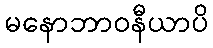
မနောဘာဝနီယာပိ